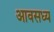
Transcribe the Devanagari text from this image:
आवसध्य